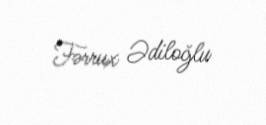
Fərrux Ədiloğlu